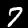
Digit: 7